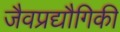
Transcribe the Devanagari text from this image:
जैवप्रद्यौगिकी